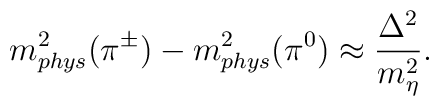
m^2_{phys}(\pi^{\pm})-m^2_{phys}(\pi^0)\approx \frac{\Delta^2}{m^2_\eta}.